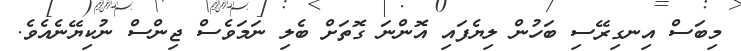
މިބަސް އިނގިރޭސި ބަހުން ލިޔެފައި އޮންނަ ގޮތަށް ބެލި ނަމަވެސް ޖިންސް ނުކިޔޭނެއެވެ.